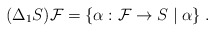
\begin{align*}(\Delta_1 S)\mathcal{F} & = \{\alpha: \mathcal{F} \to S \;|\; \alpha \}\;.\end{align*}